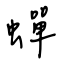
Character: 蟬